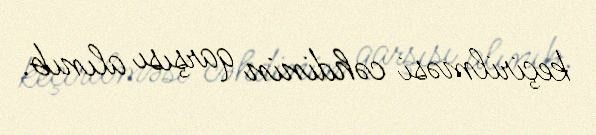
keçirilməsi cəhdinin qarşısı alınıb.